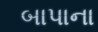
બાપાના